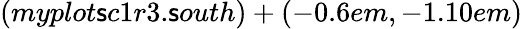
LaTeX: (myplot\mathsf{s}c1r3.\mathsf{s}outh)+(-0.6em,-1.10em)